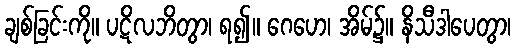
ချစ်ခြင်းကို။ ပဋိလဘိတွာ၊ ရ၍။ ဂေဟေ၊ အိမ်၌။ နိသီဒါပေတွာ၊